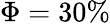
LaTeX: \Phi=30\%